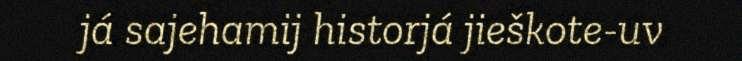
já sajehamij historjá jieškote-uv